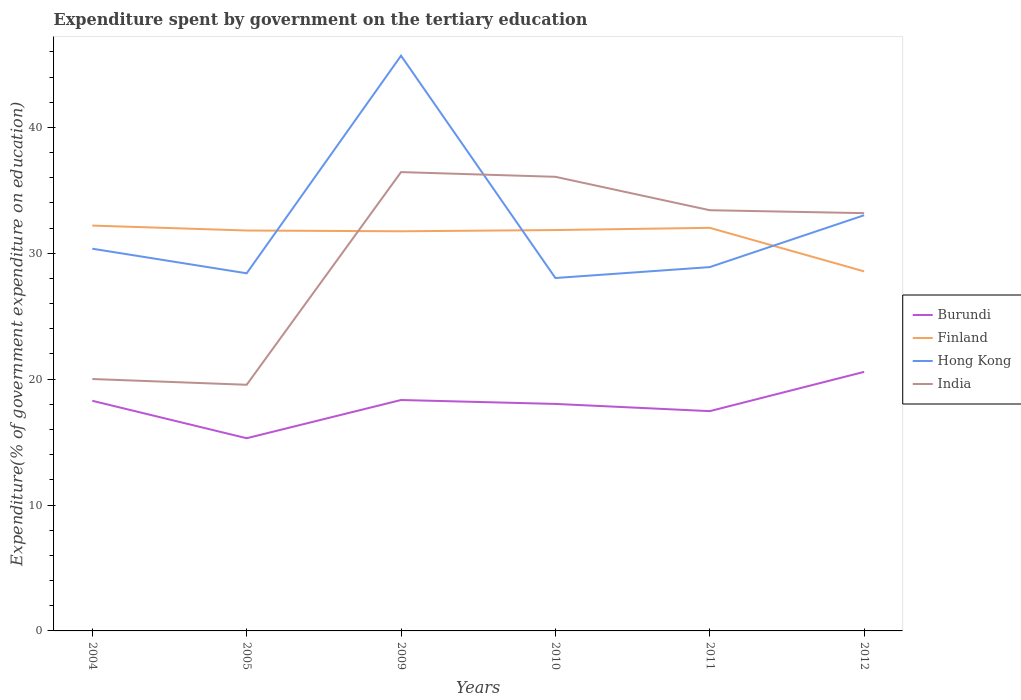
| Years | Burundi | Finland | Hong Kong | India |
 | --- | --- | --- | --- | --- |
 | 2004 | 18.3 | 32.2 | 30.4 | 20 |
 | 2005 | 15.3 | 31.8 | 28.4 | 19.6 |
 | 2009 | 18.3 | 31.7 | 45.7 | 36.5 |
 | 2010 | 18 | 31.8 | 28 | 36.1 |
 | 2011 | 17.5 | 32 | 28.9 | 33.4 |
 | 2012 | 20.6 | 28.6 | 33 | 33.2 |